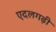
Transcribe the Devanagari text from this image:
एदलगढ़ी